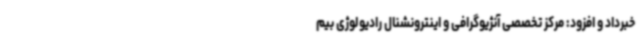
خبرداد و افزود: مرکز تخصصی آنژیوگرافی و اینترونشنال رادیولوژی بیم